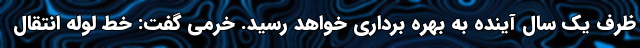
ظرف یک سال آینده به بهره برداری خواهد رسید. خرمی گفت: خط لوله انتقال